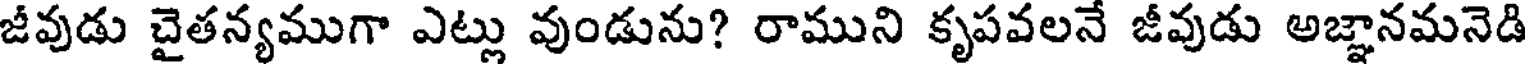
జీవుడు చైతన్యముగా ఎట్లు వుండును? రాముని కృపవలనే జీవుడు అజ్ఞానమనెడి